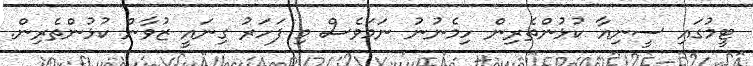
ޓީމުގައި ސީނިއާ ކުޅުންތެރިން ހިމެނުނު ނަމަވެސް މި ފަހަރު ގިނައީ ޒުވާން ކުޅުންތެރިން.